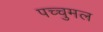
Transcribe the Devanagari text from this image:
पच्चुमल